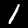
Digit: 1